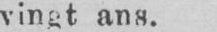
vingt ans.